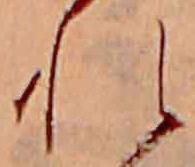
れ